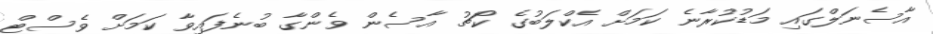
އާސެނަލްގައި މަޑުކުރާނެ ކަމަށް އެކްލަބުގެ ކޯޗު އާސެން ވެންގާ ބުނެފައިވާ ކަމަށް ވެސްޓް